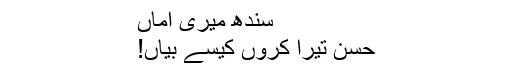
سندھ میری اماں
حُسن تیرا کروں کیسے بیاں!